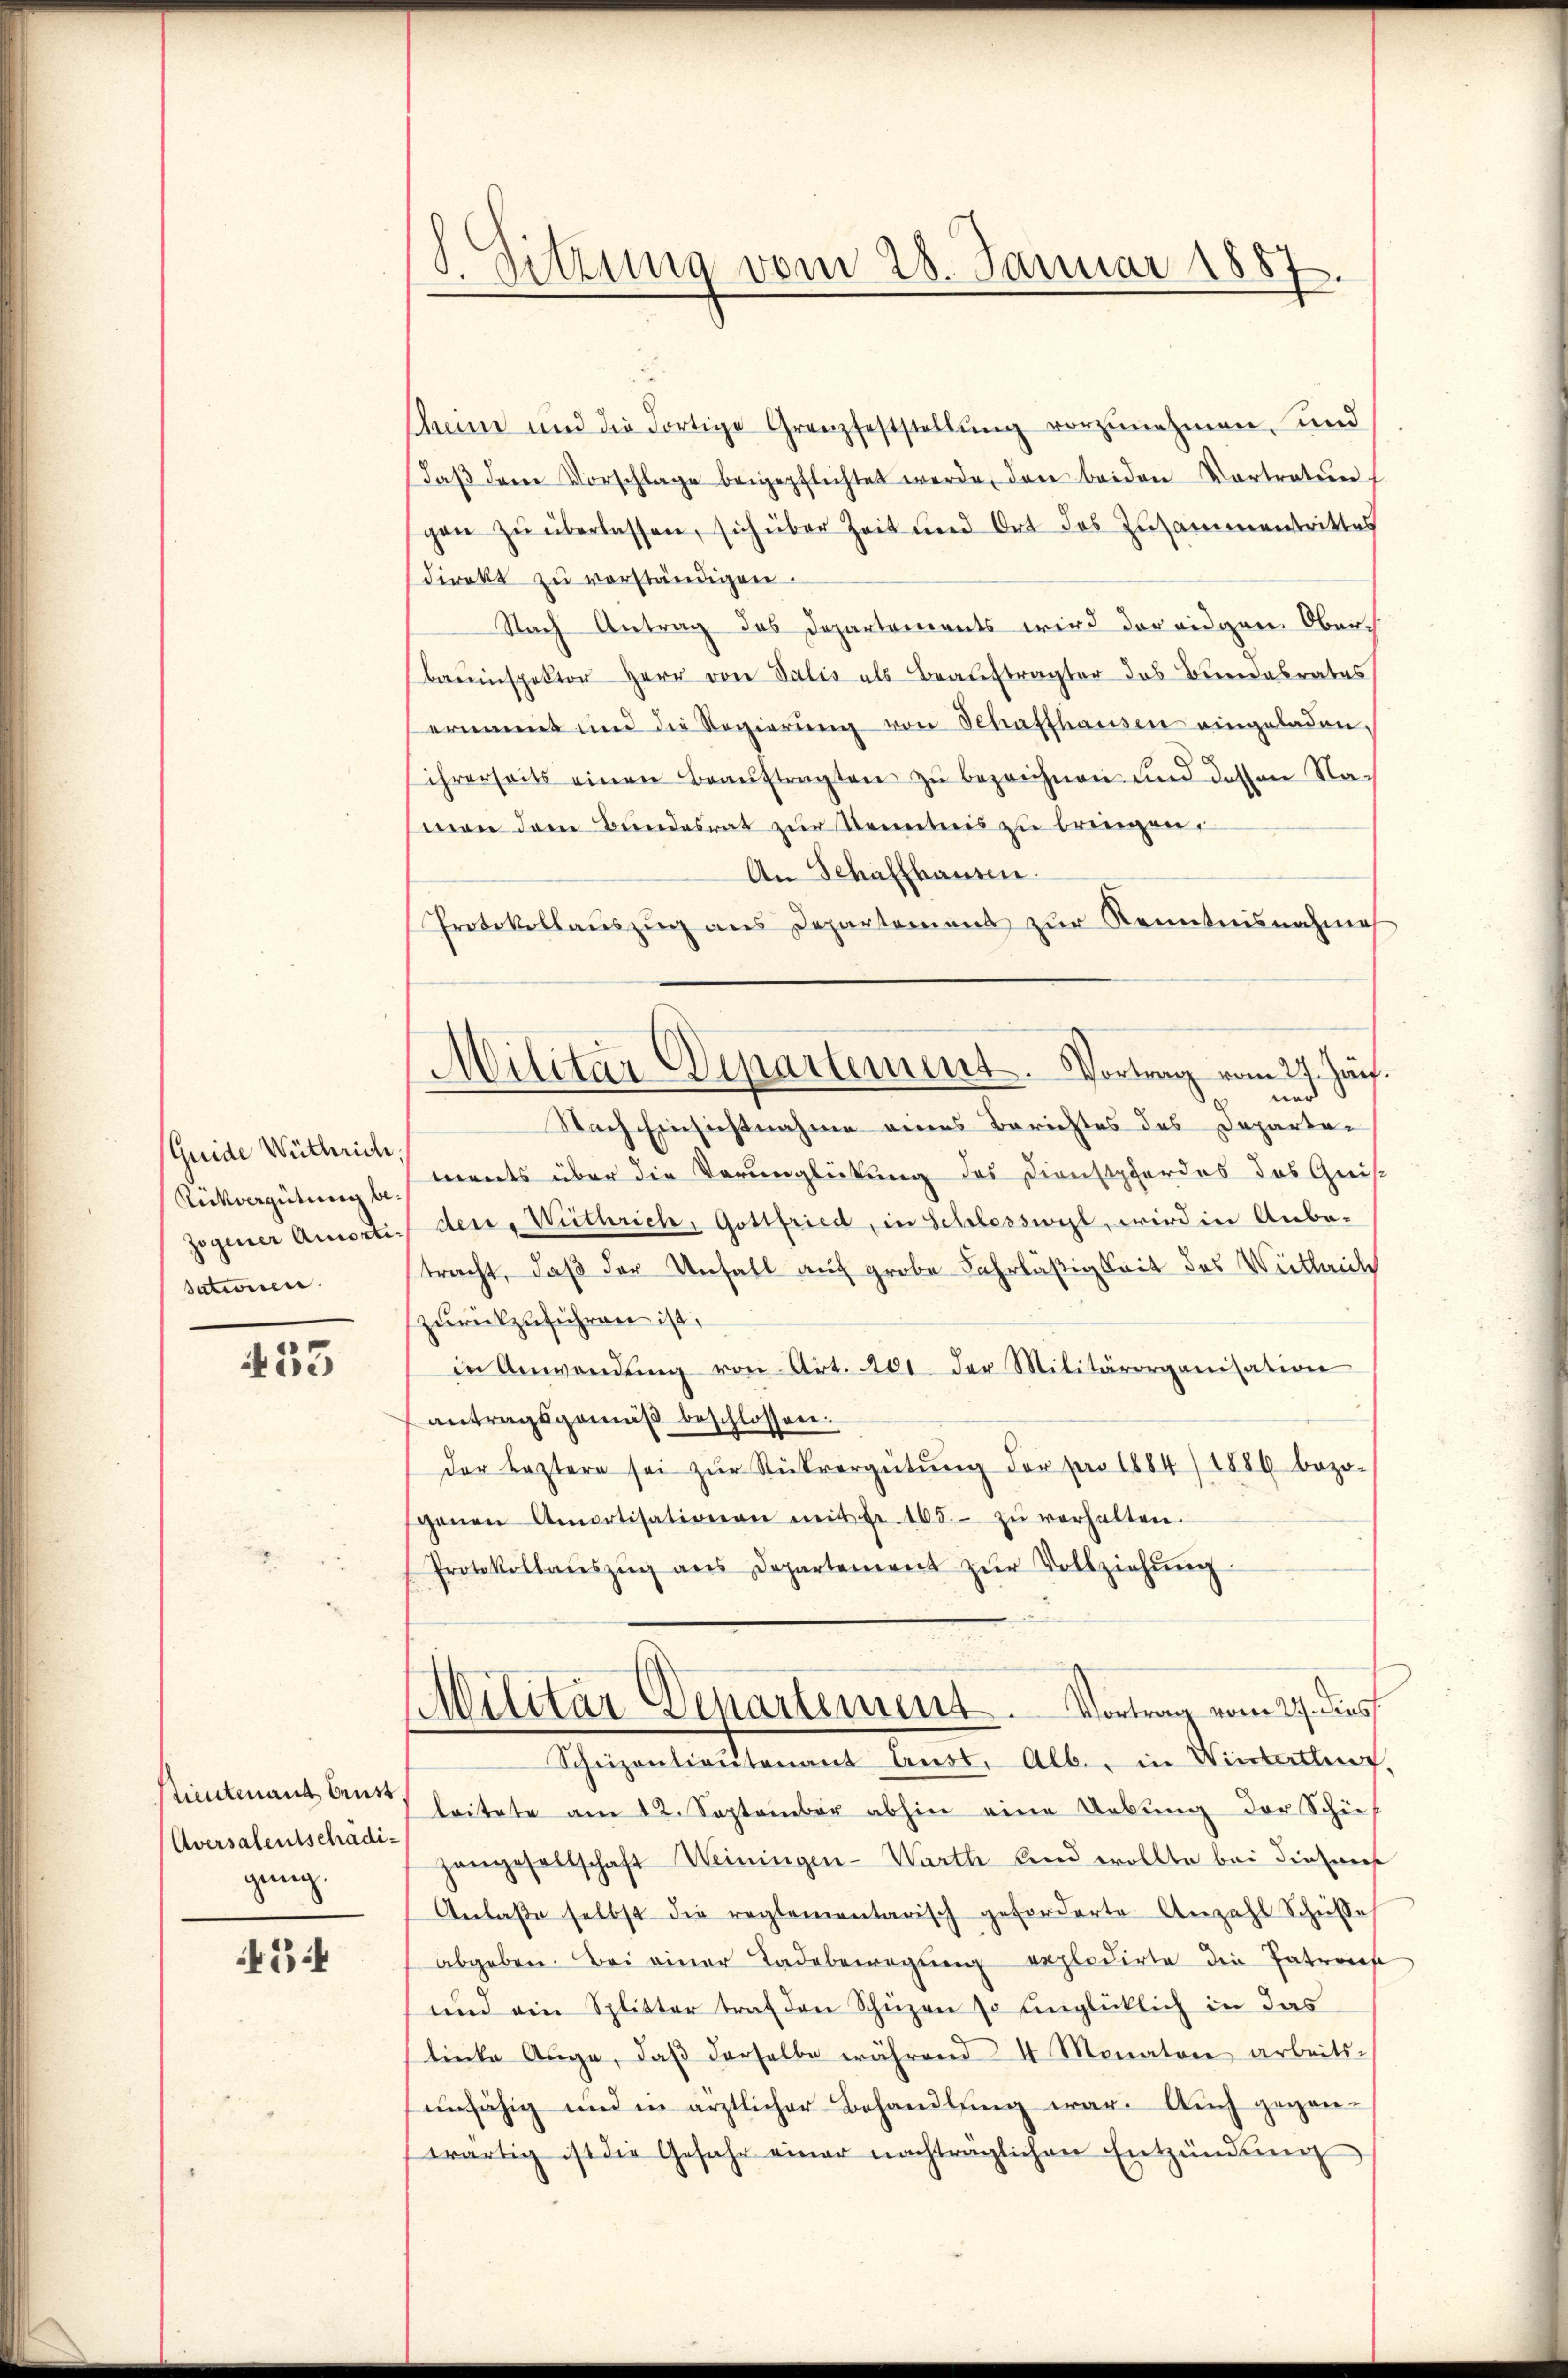
Guide Wüthrich,
Rückvergütung be-
sationen.

433

stimtmant beurt.
Aversalentschädigang.

434

.
tzung vom 28. Januar 1887.

Seine und die Fortige Granzfeststellŭng vorzŭnehmen, und
daβ dem Vorschlage beigepflichtet werde, den beiden Vortraten
gen zŭ überlassen, sich über Zeit und Ort des Zusammentrittes
direkt zu vorständigen.
Nach Antrag des Departements wird der eidgen. Ober¬
Bauinspektor Herr von Salis als Beaŭftragter das Bundesrates
ernannt und die Regierŭng von Schaffhausen eingeladen,
ihrerseits einen Beaŭftragten zŭ bezeichnen und dessen Namen dem Bundesrat zur Kenntnis zu bringen,
An Schaffhausen.
Protokollauszug aus Departement zur Kenntnisnahme
ner
Nach Einsichtnahme eines Berichtes des Departen
ments über die Vorunglückung des Dienstpferdos das Geis
zogener Amortie der, Withrich, Gottfried, in Schlesswyl, wird in Anbe-
tracht, daß der Unfall auf grobe Fahrläßigkeit des Weitleide
zurückzuführen ist,
in Anwendŭng von Art. 401. der Militärorganisation
antragsgemäβ beschlossen.
der leztern sei zŭr Rückvergütŭng der pro 1884/1886 bezo-
genen Amortisationen mit Fr. 165.- zŭ verhalten.
Protokollaŭszŭg ans Departement zŭr Vollziehŭng
Militär Departement. Vortrag vom 27. dies
Schnizantientenant Anst. Alb., in Winterthung.
leitete am 12. September abhin eine Uebung der Schiehangesellschaft Weiningen - Warth und wollte bei dieses
Anlaße selbst die reglementarisch geforderte Anzahl Schüsse
abgeben. Bei einer Ladebewegung erpledirte die Patrones
und ein Splitter traf den Schüzen so unglücklich in das
linke Auge, daβ derselbe während 4 Monatore arbeitsunfähig und in ärztlicher Behandlung war. Auch gegenwärtig ist die Gefahr einer nachträglichen Entzündung

Militär-Departement. Vortrag vom 24. Jan.